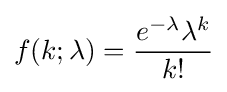
f(k;\lambda )={\frac {e^{-\lambda }\lambda ^{k}}{k!}}